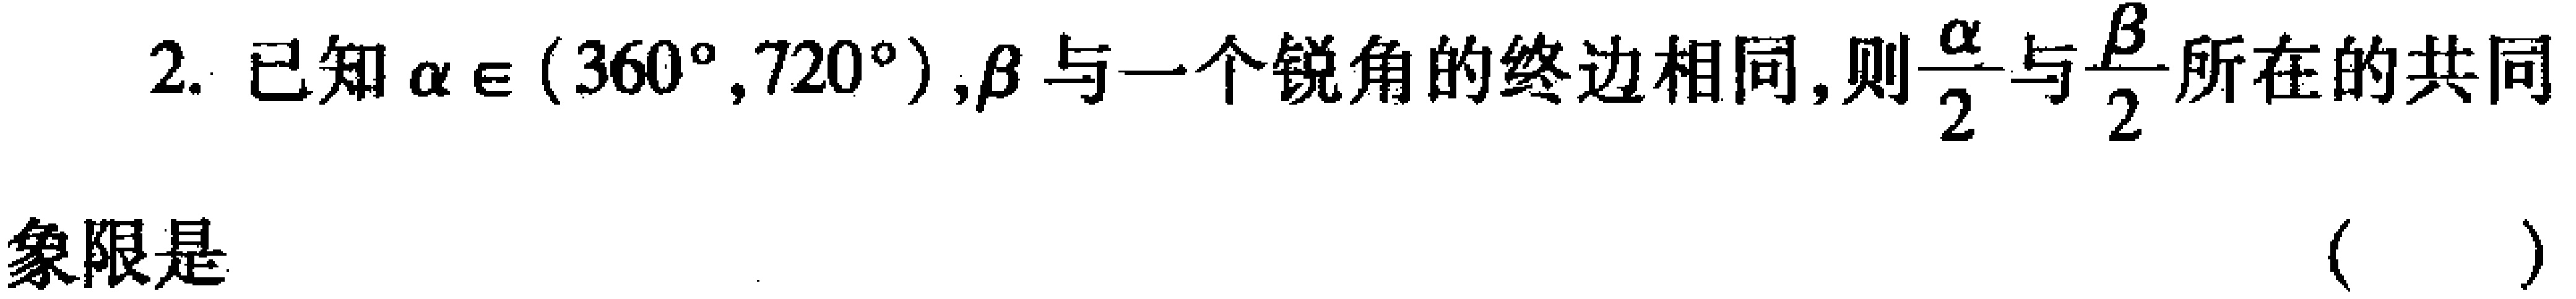
2. 已知\(\alpha\in(360^{\circ},720^{\circ})\)，\(\beta\)与一个锐角的终边相同，则\(\frac{\alpha}{2}\)与\(\frac{\beta}{2}\)所在的共同

象限是 （  ）